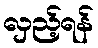
လှည့်ရန်